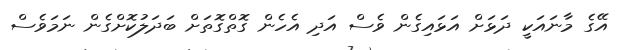
އޭގެ މާނައަކީ ދަޅަށް އަޅައިގެން ވެސް އަދި އެހެން ގޮތްގޮތަށް ބަދަލުކޮށްގެން ނަމަވެސް